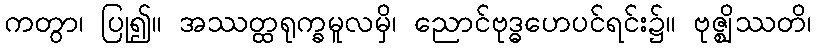
ကတွာ၊ ပြု၍။ အဿတ္ထရုက္ခမူလမှိ၊ ညောင်ဗုဒ္ဓဟေပင်ရင်း၌။ ဗုဇ္ဈိဿတိ၊